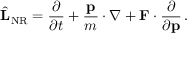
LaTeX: { \hat { \mathbf { L } } } _ { \mathrm { N R } } = { \frac { \partial } { \partial t } } + { \frac { \mathbf { p } } { m } } \cdot \nabla + \mathbf { F } \cdot { \frac { \partial } { \partial \mathbf { p } } } \, .